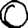
Digit: 0